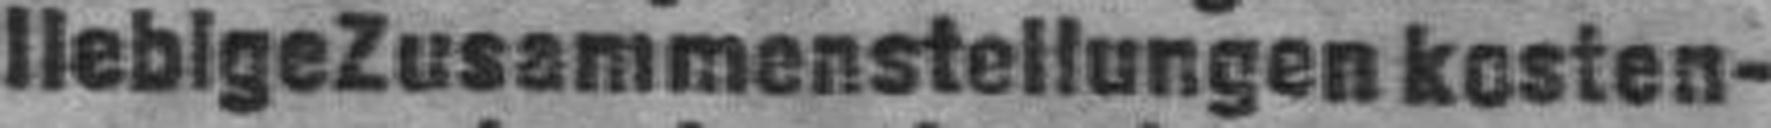
liebige Zusammenstellungen kosten¬